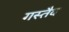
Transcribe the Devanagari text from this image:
गस्तैव